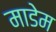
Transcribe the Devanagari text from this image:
माडेम